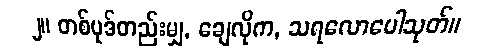
၂။ တစ်ပုဒ်တည်းမျှ, ချေလိုက, သရလောပေါသုတ်။